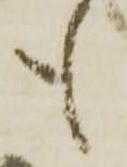
も